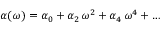
\begin{array} { r } { \alpha ( \omega ) = \alpha _ { 0 } + \alpha _ { 2 } \, \omega ^ { 2 } + \alpha _ { 4 } \, \omega ^ { 4 } + \ldots } \end{array}